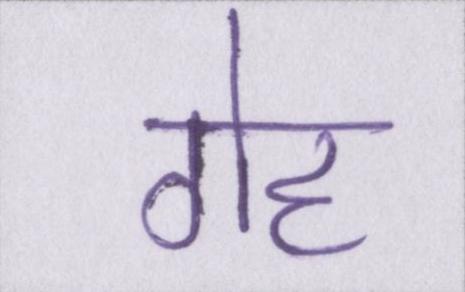
गेह